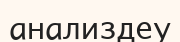
анализдеу